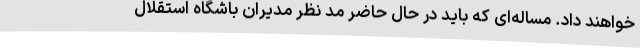
خواهند داد. مساله‌ای که باید در حال حاضر مد نظر مدیران باشگاه استقلال